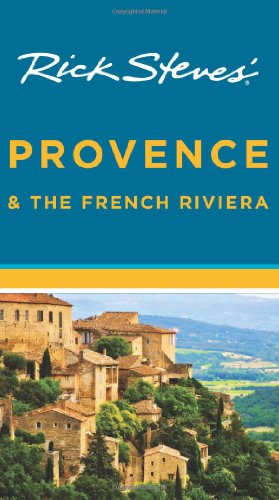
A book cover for Rick Steves' Provence & the French Riviera; Rick Steves; History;